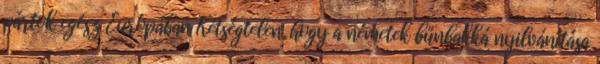
pártok egész Európában Kétségtelen, hogy a németek bűnbakká nyilvánítása